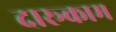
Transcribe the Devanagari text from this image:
दारूकाम